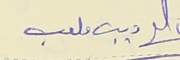
ديب ملعب